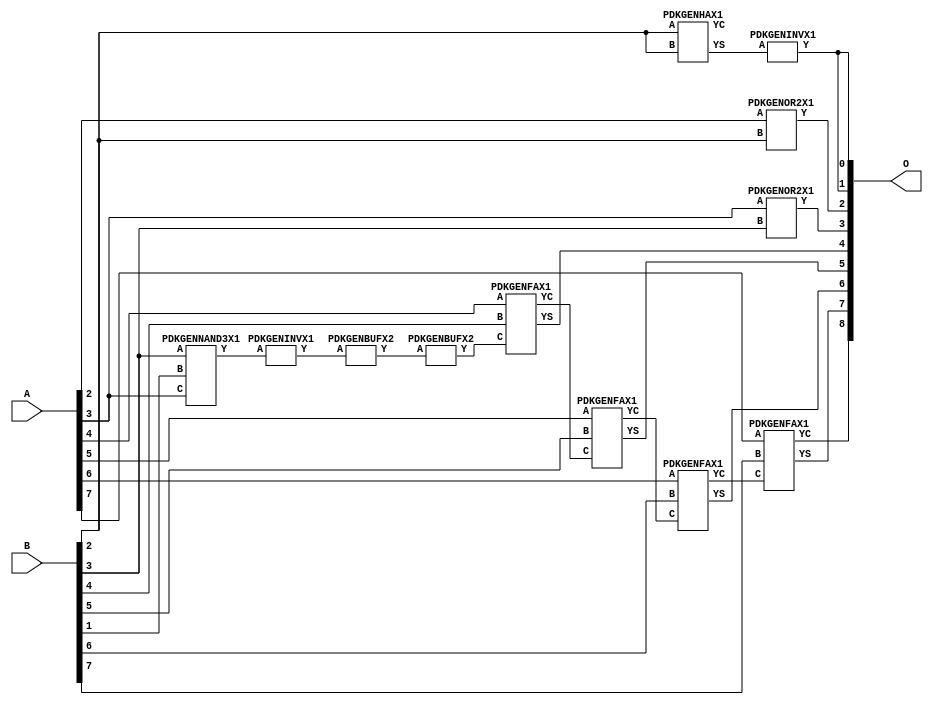
// Library = EvoApprox8b
// Circuit = add8_463
// Area   (180) = 740
// Delay  (180) = 1.190
// Power  (180) = 194.70
// Area   (45) = 55
// Delay  (45) = 0.450
// Power  (45) = 18.82
// Nodes = 12
// HD = 168576
// MAE = 3.20312
// MSE = 18.50000
// MRE = 1.68 %
// WCE = 13
// WCRE = 300 %
// EP = 85.9 %

module add8_463(A, B, O);
  input [7:0] A;
  input [7:0] B;
  output [8:0] O;
  wire [2031:0] N;

  assign N[0] = A[0];
  assign N[1] = A[0];
  assign N[2] = A[1];
  assign N[3] = A[1];
  assign N[4] = A[2];
  assign N[5] = A[2];
  assign N[6] = A[3];
  assign N[7] = A[3];
  assign N[8] = A[4];
  assign N[9] = A[4];
  assign N[10] = A[5];
  assign N[11] = A[5];
  assign N[12] = A[6];
  assign N[13] = A[6];
  assign N[14] = A[7];
  assign N[15] = A[7];
  assign N[16] = B[0];
  assign N[17] = B[0];
  assign N[18] = B[1];
  assign N[19] = B[1];
  assign N[20] = B[2];
  assign N[21] = B[2];
  assign N[22] = B[3];
  assign N[23] = B[3];
  assign N[24] = B[4];
  assign N[25] = B[4];
  assign N[26] = B[5];
  assign N[27] = B[5];
  assign N[28] = B[6];
  assign N[29] = B[6];
  assign N[30] = B[7];
  assign N[31] = B[7];

  PDKGENNAND3X1 n32(.A(N[22]), .B(N[18]), .C(N[6]), .Y(N[32]));
  assign N[33] = N[32];
  PDKGENINVX1 n38(.A(N[33]), .Y(N[38]));
  assign N[39] = N[38];
  PDKGENHAX1 n40(.A(N[20]), .B(N[20]), .YS(N[40]), .YC(N[41]));
  PDKGENBUFX2 n74(.A(N[39]), .Y(N[74]));
  assign N[75] = N[74];
  PDKGENBUFX2 n78(.A(N[75]), .Y(N[78]));
  PDKGENINVX1 n126(.A(N[40]), .Y(N[126]));
  assign N[127] = N[126];
  PDKGENOR2X1 n132(.A(N[4]), .B(N[20]), .Y(N[132]));
  PDKGENOR2X1 n182(.A(N[6]), .B(N[22]), .Y(N[182]));
  PDKGENFAX1 n232(.A(N[8]), .B(N[24]), .C(N[78]), .YS(N[232]), .YC(N[233]));
  PDKGENFAX1 n282(.A(N[10]), .B(N[26]), .C(N[233]), .YS(N[282]), .YC(N[283]));
  PDKGENFAX1 n332(.A(N[12]), .B(N[28]), .C(N[283]), .YS(N[332]), .YC(N[333]));
  PDKGENFAX1 n382(.A(N[14]), .B(N[30]), .C(N[333]), .YS(N[382]), .YC(N[383]));

  assign O[0] = N[127];
  assign O[1] = N[126];
  assign O[2] = N[132];
  assign O[3] = N[182];
  assign O[4] = N[232];
  assign O[5] = N[282];
  assign O[6] = N[332];
  assign O[7] = N[382];
  assign O[8] = N[383];

endmodule
/* mod */
module PDKGENFAX1( input A, input B, input C, output YS, output YC );
    assign YS = (A ^ B) ^ C;
    assign YC = (A & B) | (B & C) | (A & C);
endmodule
/* mod */
module PDKGENOR2X1(input A, input B, output Y );
     assign Y = A | B;
endmodule
/* mod */
module PDKGENHAX1( input A, input B, output YS, output YC );
    assign YS = A ^ B;
    assign YC = A & B;
endmodule
/* mod */
module PDKGENINVX1(input A, output Y );
     assign Y = ~A;
endmodule
/* mod */
module PDKGENNAND3X1(input A, input B, input C, output Y );
     assign Y = ~((A & B) & C);
endmodule
/* mod */
module PDKGENBUFX2(input A, output Y );
     assign Y = A;
endmodule